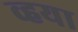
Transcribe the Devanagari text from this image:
व्हया